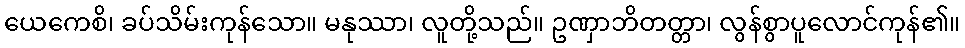
ယေကေစိ၊ ခပ်သိမ်းကုန်သော။ မနုဿာ၊ လူတို့သည်။ ဥဏှာဘိတတ္တာ၊ လွန်စွာပူလောင်ကုန်၏။